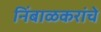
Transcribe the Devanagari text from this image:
निंबाळकरांचे